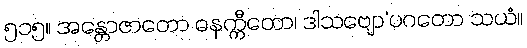
၅၁၅။ အန္တောဇာတော ဓနက္ကီတော၊ ဒါသဗျော’ပဂတော သယံ။